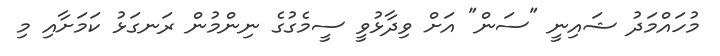
މުހައްމަދު ޝައިނީ "ސަން" އަށް ވިދާޅުވީ ސީމެގުގެ ނިންމުން ރަނގަޅު ކަމަށާއި މި